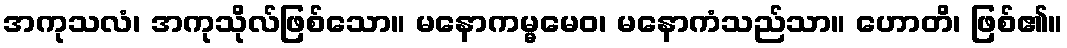
အကုသလံ၊ အကုသိုလ်ဖြစ်သော။ မနောကမ္မမေဝ၊ မနောကံသည်သာ။ ဟောတိ၊ ဖြစ်၏။